King Institute of Preventive Medicine Bacteriolog. Section reports 1907-08
Year: 1907
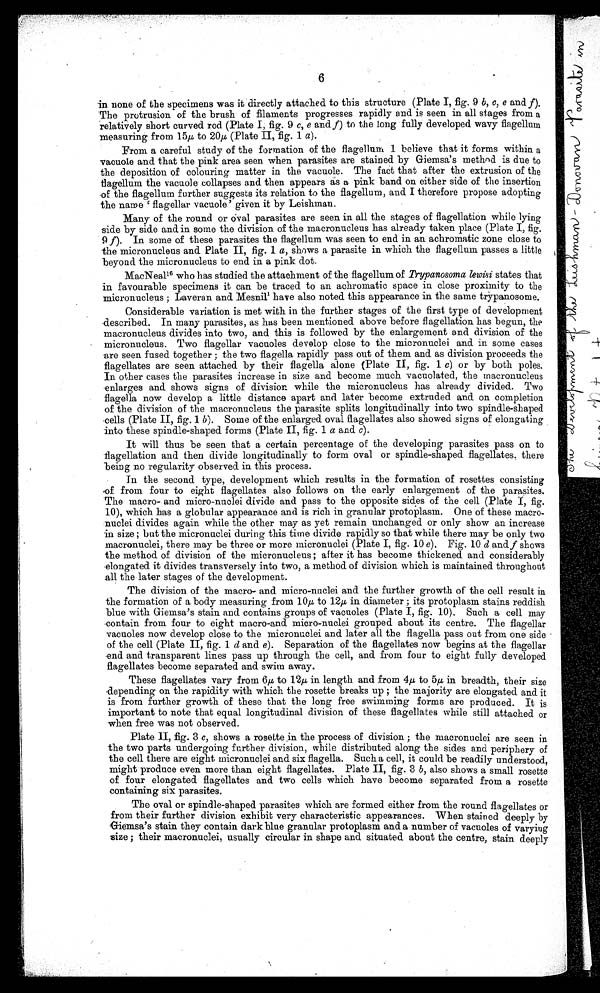
6
in none of the specimens was it directly attached to this structure (Plate I, fig. 9 b, c, e and f),
The protrusion of the brush of filaments progresses rapidly and is seen in all stages from a
relatively short curved rod (Plate I, fig. 9 c, e and f) to the long fully developed wavy flagellum
measuring from 15μ to 20μ ( Plate II, fig. 1 a).
From a careful study of the formation of the flagellum 1 believe that it forms within a
vacuole and that the pink area seen when parasites are stained by Giemsa's method is due to
the deposition of colouring matter in the vacuole. The fact that after the extrusion of the
flagellum the vacuole collapses and then appears as a pink band on either side of the insertion
of the flagellum further suggests its relation to the flagellum, and I therefore propose adopting
t he name ' f l agel l ar vacuol e' gi ven i t by Lei s hman.
Many of the round or Oval parasites are seen in all the stages of flagellation while lying
side by side and in some the division of the macronucleus has already taken place (Plate I, fig.
9 , f ). In some of these parasites the flagellum was seen to end in an achromatic zone close to
the micronucleus and Plate II, fig . 1 a, shows a parasite in which the flagellum passes a little
beyond the micronucleus to end in a pink dot.
MacNeal1 6
w h o h a s s t u d i e d t h e a t t a c h m e n t o f t h e f l a g e l l u m o fT
r y p a n o s o m a l e w i s i
s t a t e s t h a t
in favourable specimens it can be traced to an achromatic space in close proximity to the
micronucleus ; Laveran and Mesnil1 have also noted this appearance in the same trypanosome.
Considerable variation is met with in the further stages of the first type of development
described. In many parasites, as has been mentioned above before flagellation has begun, the
macronucleus divides into two, and this is followed by the enlargement and division of the
micronucleus. Two flagellar vacuoles develop close to the micronuclei and in some cases
are seen fused together ; the two flagella rapidly pass out of them and as division proceeds the
flagellates are seen attached by their flagella alone (Plate II, fig. 1 c) or by both poles.
In other cases the parasites increase in size and become much vacuolated, the macronucleus
enlarges and shows signs of division while the micronucleus has already divided. Two
flagella now develop a little distance apart and later become extruded and on completion
of the division of the macronucleus the parasite splits longitudinally into two spindle-shaped
cells (Plate II, fig. 1 b). Some of the enlarged oval flagellates also showed signs of elongating
into these spindle-shaped forms (Plate II, fig. 1 a and c).
It will thus be seen that a certain percentage of the developing parasites pass on to
flagellation and then divide longitudinally to form oval or spindle-shaped flagellates, there
being no regularity observed in. this process.
In the second type, development which results in the formation of rosettes consisting
.of from four to eight flagellates also follows on the early enlargement of the parasites.
The macro- and micro-nuclei divide and pass to the opposite sides of the cell (Plate I, fig.
10), which has a globular appearance and is rich in granular protoplasm. One of these macro-
nuclei divides again while the other may as yet remain unchanged or only show an increase
in size ; but the micronuclei during this time divide rapidly so that while there may be only two
macronuclei, there may be three or more micronuclei (Plate I, fig . 10 e), Fig. 10 d and f shows
the method of division of the micronucleus ; after it has become thickened and considerably
elongated it divides transversely into two, a method of division which is maintained throughout
all the later stages of the development.
The division of the macro- and micro-nuclei and the further growth of the cell result in
the formation of a body measuring from 10,u, to 12 μ in diameter ; its protoplasm stains reddish
blue with Giemsa's stain and contains groups of vacuoles (Plate I, fig. 10). Such a cell may
contain from four to eight macro-and micro-nuclei grouped about its centre. The flagellar
vacuoles now develop close to the micronuclei and later all the flagella pass out from one side
of the cell (Plate II, fig. 1 d and e). Separation of the flagellates now begins at the flagellar
e n d a n d t r a n s p a r e n t l i n e s p a s s u p t h r o u g h t h e c e l l , a n d f r o m f o u r t o e i g h t f u l l y d e v e l o p e d
flagellates become separated and swim away.
These flagellates vary from 6μ to 12μ in length and from 4 μ to 5μ in breadth, their size
depending on the rapidity with which the rosette breaks up ; the majority are elongated and it
is from further growth of these that the long free swimming forms are produced. It is
important to note that equal longitudinal division of these flagellates while still attached or
when free was not observed.
Plate II, fig. 3 c, shows a rosette in the process of division ; the macronuclei are seen in
the two parts undergoing further division, while distributed along the sides and periphery of
the cell there are eight micronuclei and six flagella. Such a cell, it could be readily understood,
might produce even more than eight flagellates. Plate II, fig. 3 b, also shows a small rosette
of four elongated flagellates and two cells which have become separated from a rosette
containing six parasites.
The oval or spindle-shaped parasites which are formed either from the round flagellates or
from their further division exhibit very characteristic appearances. When stained deeply by
Giemsa's stain they contain dark blue granular protoplasm and a number of vacuoles of varying
size ; their macronuclei, usually circular in shape and situated about the centre, stain deeply